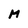
Character: M